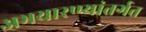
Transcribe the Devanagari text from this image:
अभयारण्यांतर्गत